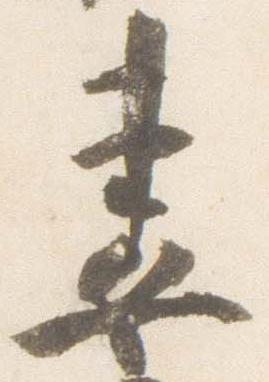
妻